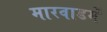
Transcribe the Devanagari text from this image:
मारवाडमें